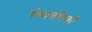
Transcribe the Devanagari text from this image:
गेनाचौस्की